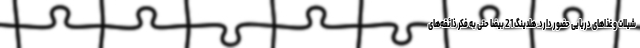
شیلات و غذاهای دریایی حضور دارد. هلدینگ 21 بیضا حتی به فکر ذائقه‌های